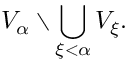
V _ { \alpha } \setminus \bigcup _ { \xi < \alpha } V _ { \xi } .